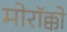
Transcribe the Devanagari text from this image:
मोरॉक्को